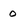
Character: 0